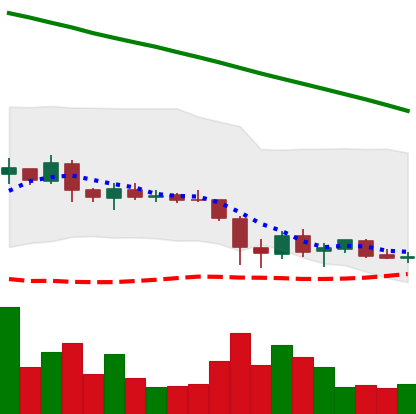
Ticker: ADA-USD
Chart end date: 2019-02-05
Forward return: 13.02%
Label: up_7plus